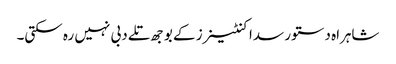
شاہراہ دستور سدا کنٹینرز کے بوجھ تلے دبی نہیں رہ سکتی۔